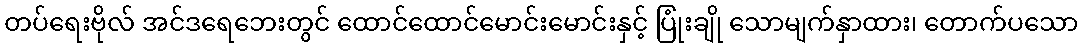
တပ်ရေးဗိုလ် အင်ဒရေဘေးတွင် ထောင်ထောင်မောင်းမောင်းနှင့် ပြုံးချို သောမျက်နှာထား၊ တောက်ပသော